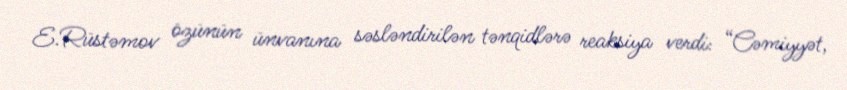
E.Rüstəmov özünün ünvanına səsləndirilən tənqidlərə reaksiya verdi: “Cəmiyyət,